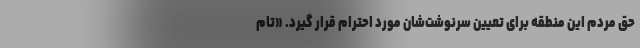
حق مردم این منطقه برای تعیین سرنوشت‌شان مورد احترام قرار گیرد. «تام